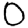
Digit: 0